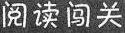
阅读闯关